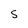
Character: S